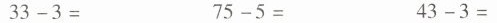
$$3 3 - 3 =$$ $$7 5 - 5 =$$ $$4 3 - 3 =$$